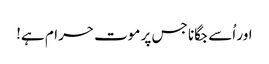
اور اُسے جگانا جس پر موت حرام ہے!